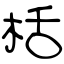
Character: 栝